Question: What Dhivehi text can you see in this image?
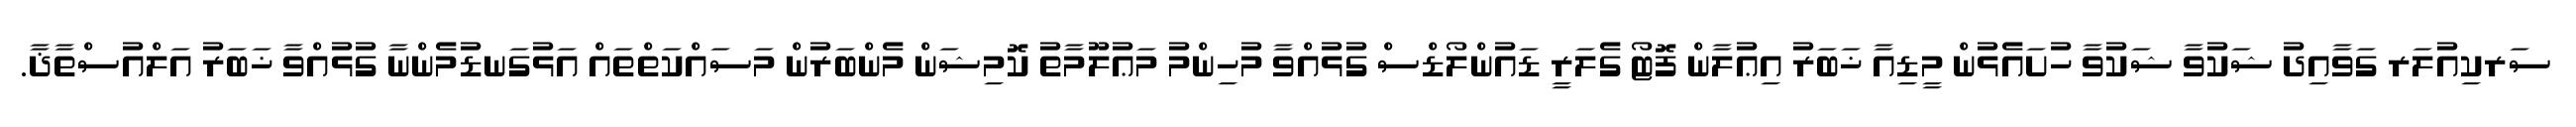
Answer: ސަރކިއުލަރ ގަވާއިދު ޝަކުވާ ޝަކުވާ ހުށައެޅުން މީޑިއާ ޚަބަރު އިޢުލާން ފޮޓޯ ގެލަރީ ޑައުންލޯޑްސް ގުޅުއްވާ މުހިންމު މަޢުލޫމާތު ކޮމިޝަން މެންބަރުން މަސައްކަތްތައް އަޅުގަނޑުމެންނާ ގުޅުއްވާ ޚަބަރު އަލްއުސްތާޛާ.